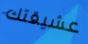
عشيقتك